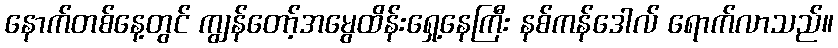
နောက်တစ်နေ့တွင် ကျွန်တော့်အမွေထိန်းရှေ့နေကြီး နစ်ကန်ဒေါလ် ရောက်လာသည်။